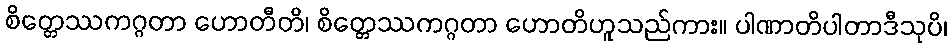
စိတ္တေဿကဂ္ဂတာ ဟောတီတိ၊ စိတ္တေဿကဂ္ဂတာ ဟောတိဟူသည်ကား။ ပါဏာတိပါတာဒီသုပိ၊